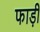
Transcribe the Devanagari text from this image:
फाड़ी